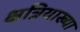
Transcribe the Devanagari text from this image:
क्षत्रियाख्या